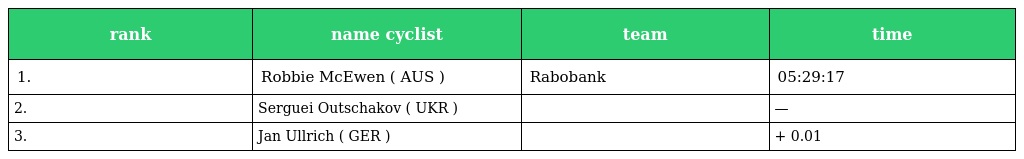
| rank | name cyclist | team | time |
 | --- | --- | --- | --- |
 | 1. | Robbie McEwen ( AUS ) | Rabobank | 05:29:17 |
 | 2. | Serguei Outschakov ( UKR ) |  | — |
 | 3. | Jan Ullrich ( GER ) |  | + 0.01 |